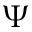
\boldsymbol { \Psi }